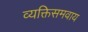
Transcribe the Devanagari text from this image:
व्यक्तिसमवाय